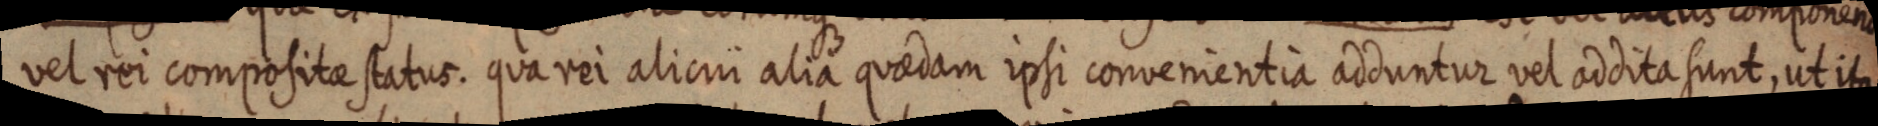
vel rei compositae status. qua rei alicui alia quaedam ipsi convenientia adduntur vel addita sunt, ut ita